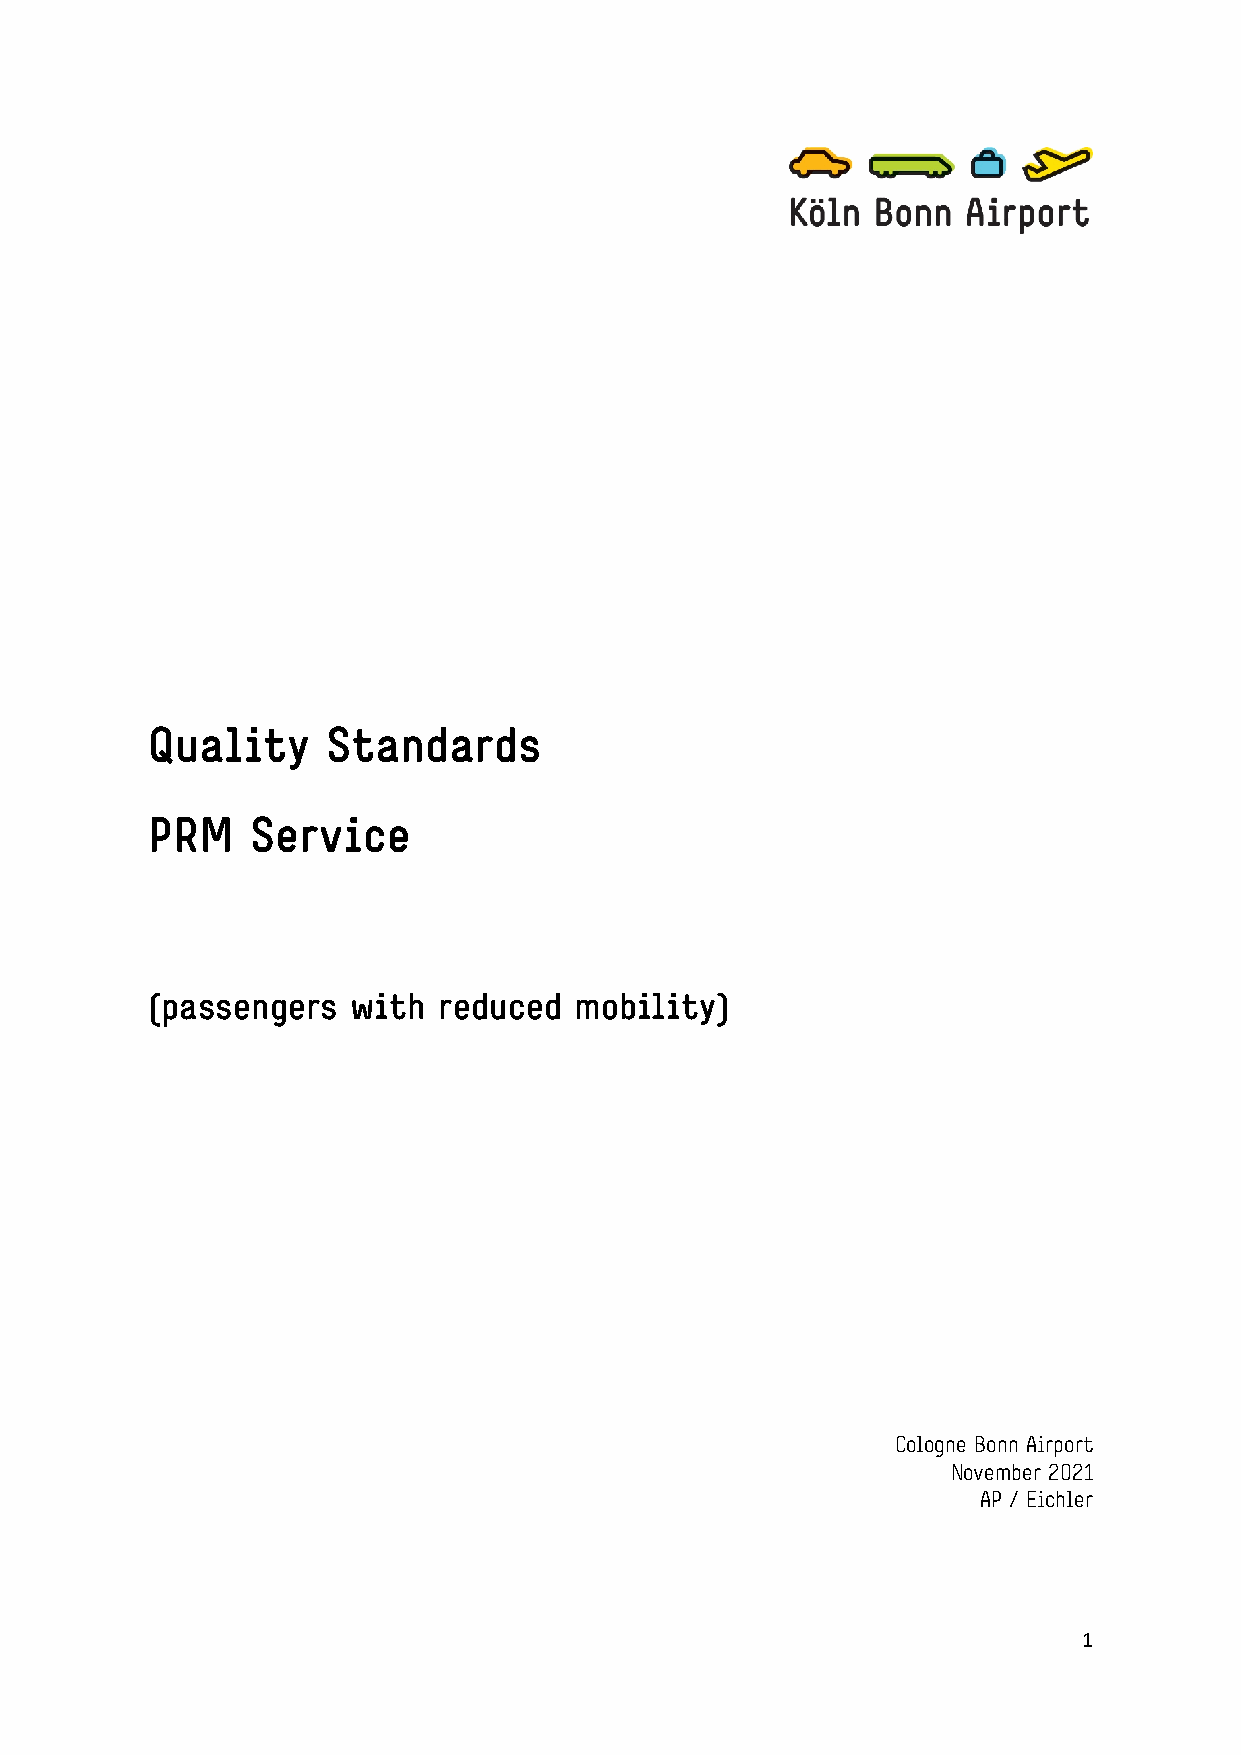
Quality     Standards
 PRM    Service
 (passengers  with  reduced  mobility)
 Cologne Bonn Airport
 November 2021
 AP / Eichler
 1